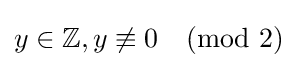
y\in \mathbb {Z} ,y\not \equiv 0{\pmod {2}}